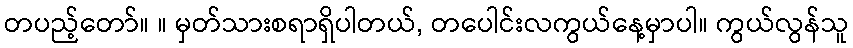
တပည့်တော်။ ။ မှတ်သားစရာရှိပါတယ်, တပေါင်းလကွယ်နေ့မှာပါ။ ကွယ်လွန်သူ